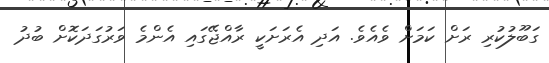
ގަބޫލުކުރި ރަށް ކަމަށް ވެއެވެ. އަދި އެރަށަކީ ރާއްޖޭގައި އެންމެ ވަރުގަދަކޮށް ބުދު